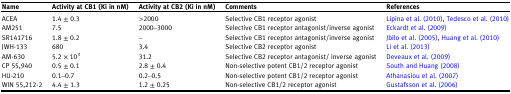
<table><thead><tr><td><b>Name</b></td><td><b>Activity at CB1 (Ki in nM)</b></td><td><b>Activity at CB2 (Ki in nM)</b></td><td><b>Comments</b></td><td><b>References</b></td></tr></thead><tbody><tr><td>ACEA</td><td>1.4 ± 0.3</td><td>&gt;2000</td><td>Selective CB1 receptor agonist</td><td>Lipina et al. (2010), Tedesco et al. (2010)</td></tr><tr><td>AM251</td><td>7.5</td><td>2000<b>–</b>3000</td><td>Selective CB1 receptor antagonist/inverse agonist</td><td>Eckardt et al. (2009)</td></tr><tr><td>SR141716</td><td>1.8 ± 0.2</td><td><b>–</b></td><td>Selective CB1 receptor antagonist/inverse agonist</td><td>Jbilo et al. (2005), Huang et al. (2010)</td></tr><tr><td>JWH-133</td><td>680</td><td>3.4</td><td>Selective CB2 receptor agonist</td><td>Li et al. (2013)</td></tr><tr><td>AM-630</td><td>5.2 × 10<sup>3</sup></td><td>31.2</td><td>Selective CB2 receptor antagonist/ inverse agonist</td><td>Deveaux et al. (2009)</td></tr><tr><td>CP 55,940</td><td>0.5 ± 0.1</td><td>2.8 ± 0.4</td><td>Non-selective potent CB1/2 receptor agonist</td><td>South and Huang (2008)</td></tr><tr><td>HU-210</td><td>0.1<b>–</b>0.7</td><td>0.2<b>–</b>0.5</td><td>Non-selective potent CB1/2 receptor agonist</td><td>Athanasiou et al. (2007)</td></tr><tr><td>WIN 55,212-2</td><td>4.4 ± 1.3</td><td>1.2 ± 0.25</td><td>Non-selective CB1/2 receptor agonist</td><td>Gustafsson et al. (2006)</td></tr></tbody></table>